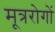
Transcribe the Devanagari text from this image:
मूत्ररोगों